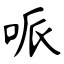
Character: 哌